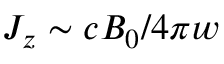
J _ { z } \sim c B _ { 0 } / 4 \pi w